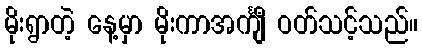
မိုးရွာတဲ့ နေ့မှာ မိုးကာအင်္ကျီ ဝတ်သင့်သည်။